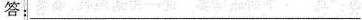
答：___